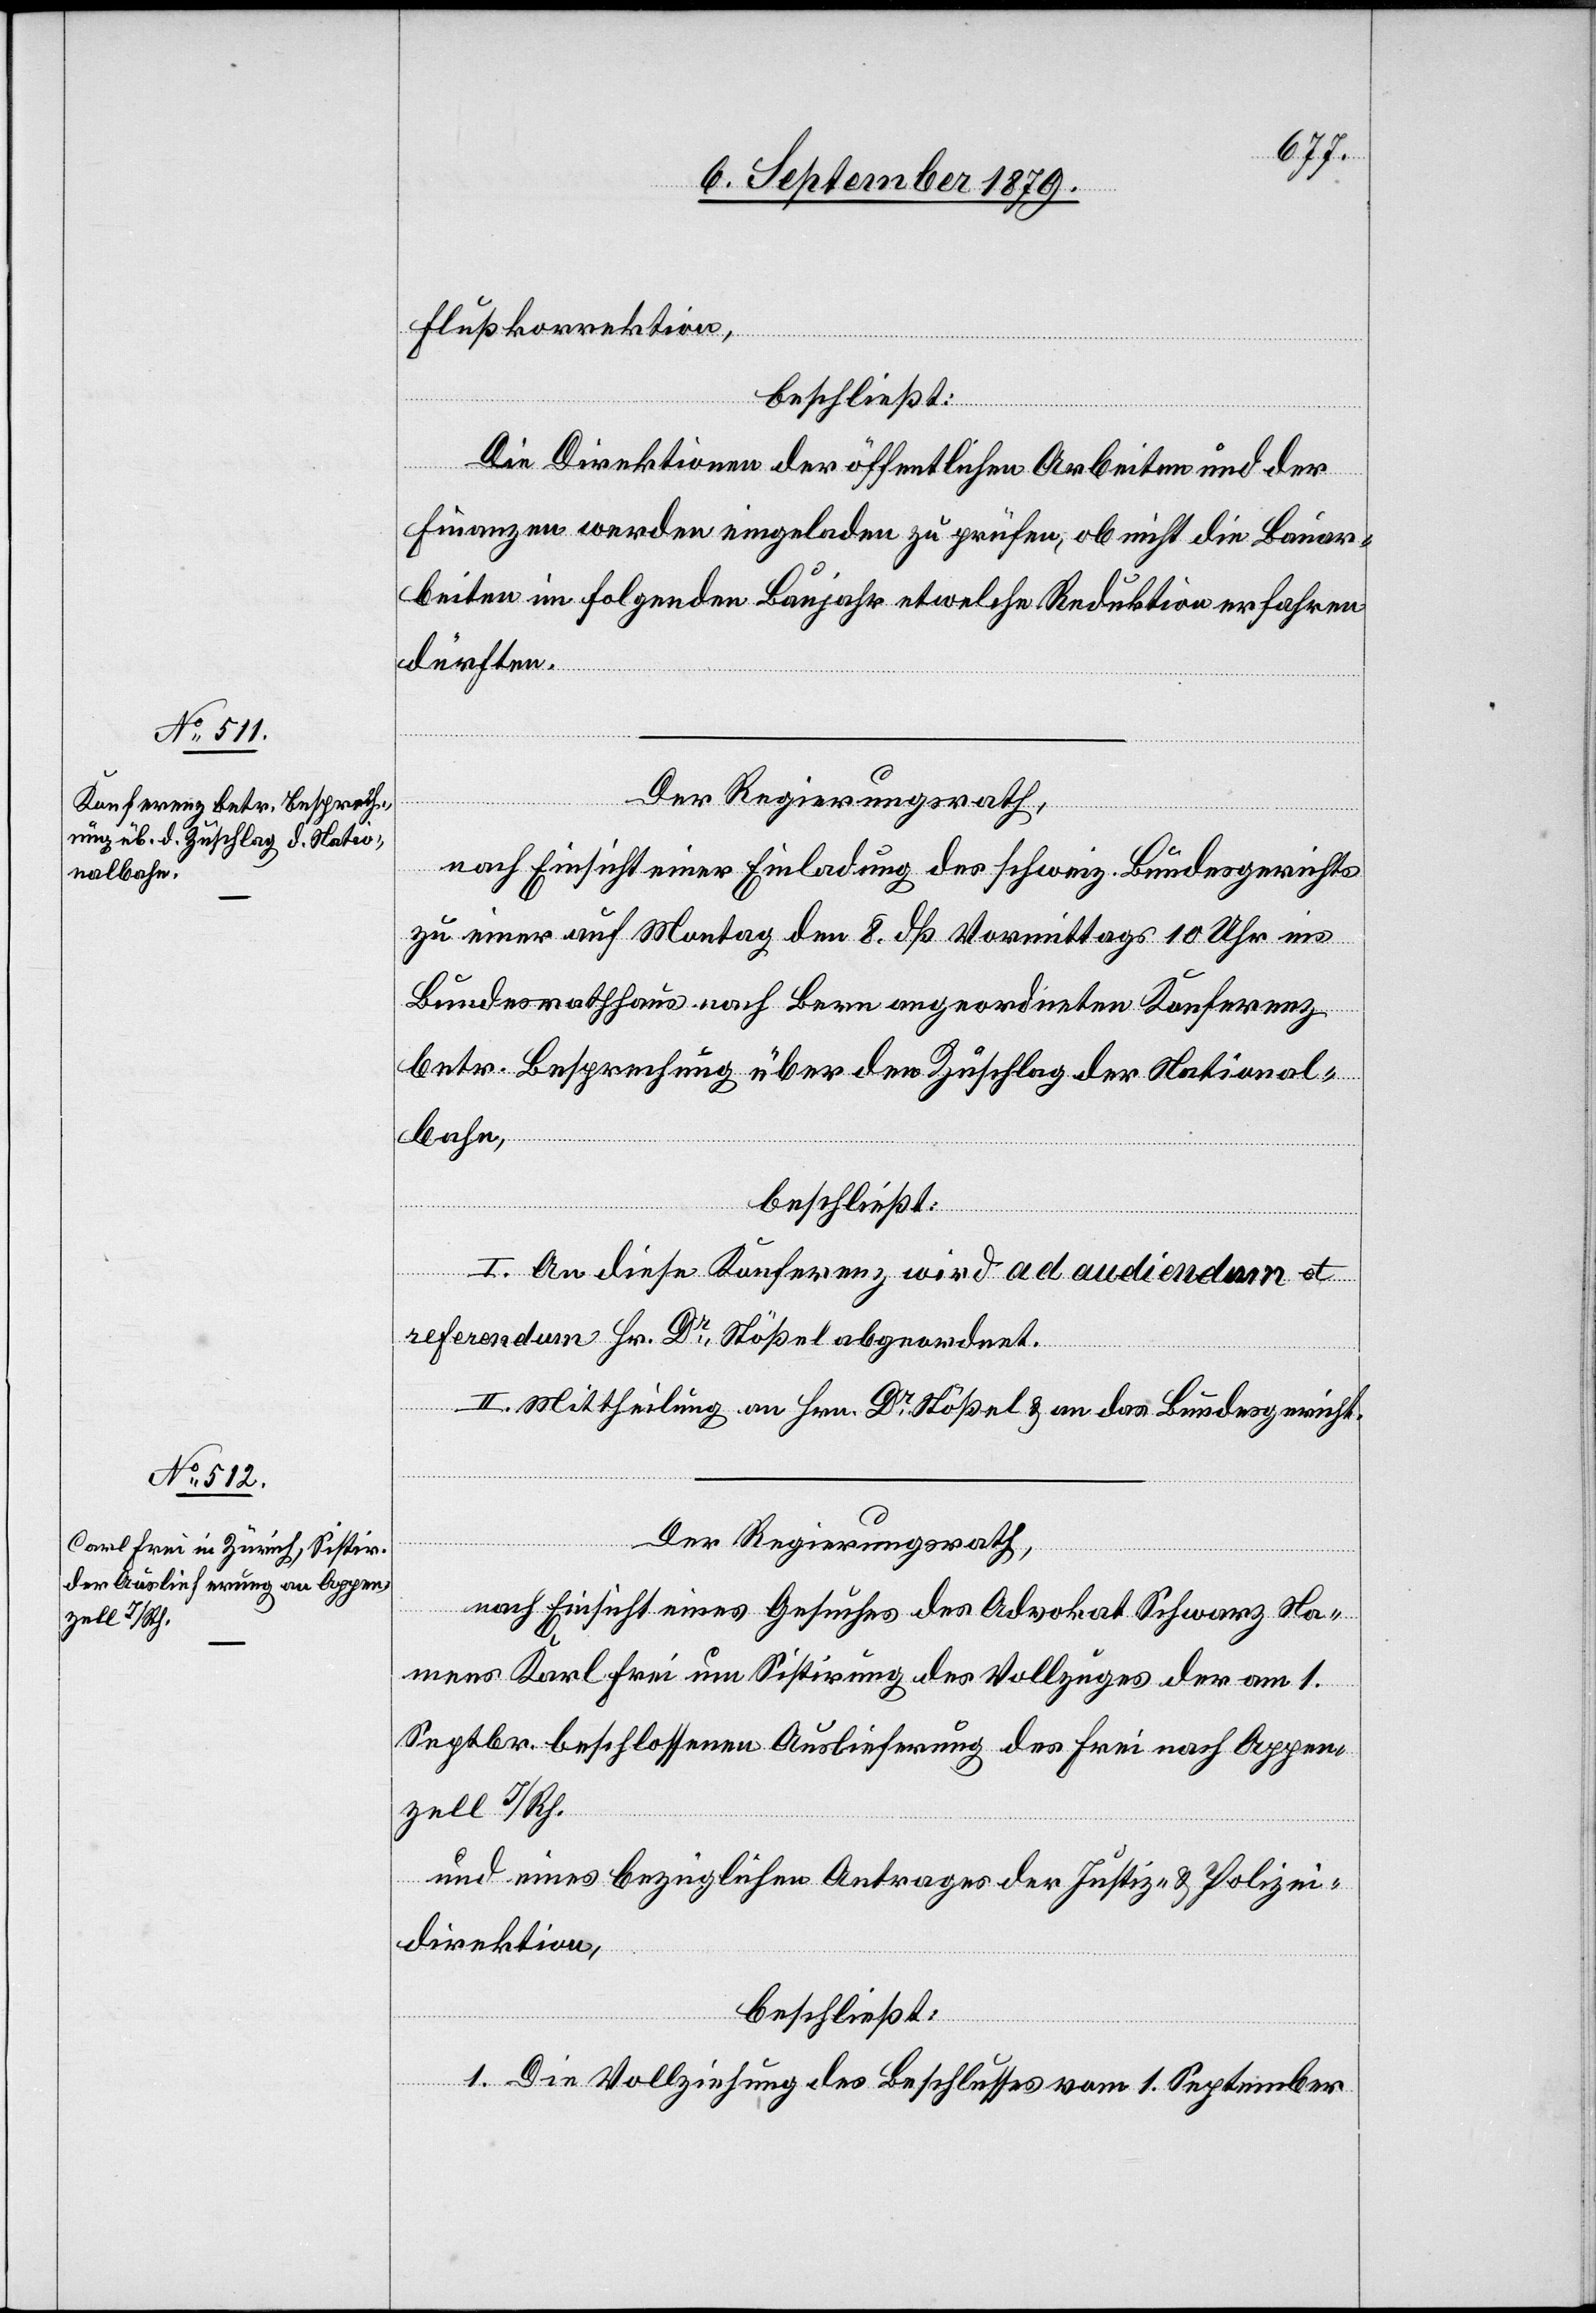
zell I/Rh.

Flußkorrektion,
beschließt:
Die Direktionen der öffentlichen Arbeiten und der
Finanzen werden eingeladen zu prüfen, ob nicht die Bauar¬
beiten im folgenden Baujahr etwelche Reduktion erfahren
dürften.
Der Regierungsrath,
nach Einsicht einer Einladung des schweiz. Bundesgerichts
zu einer auf Montag den 8. dß Vormittags 10 Uhr ins
Bundesrathshaus nach Bern angeordneten Konferenz
betr. Besprechung über den Zuschlag der National¬
bahn,
beschließt:
I. An diese Konferenz wird ad audiendum et
referendum Hr. Dr Stößel abgeordnet.
II. Mittheilung an Hrn. Dr Stößel & an das Bundesgericht.
Der Regierungsrath,
nach Einsicht eines Gesuches des Advokat Schwarz Na¬
mens Karl Frei um Sistirung des Vollzuges der am 1.
Septbr. beschlossenen Auslieferung des Frei nach Appen¬
und eines bezüglichen Antrages der Justiz- & Polizei¬
direktion,
beschließt:
1. Die Vollziehung des Beschlusses vom 1. September